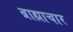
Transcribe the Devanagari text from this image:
ब्राह्माचार